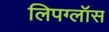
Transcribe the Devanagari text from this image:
लिपग्लॉस